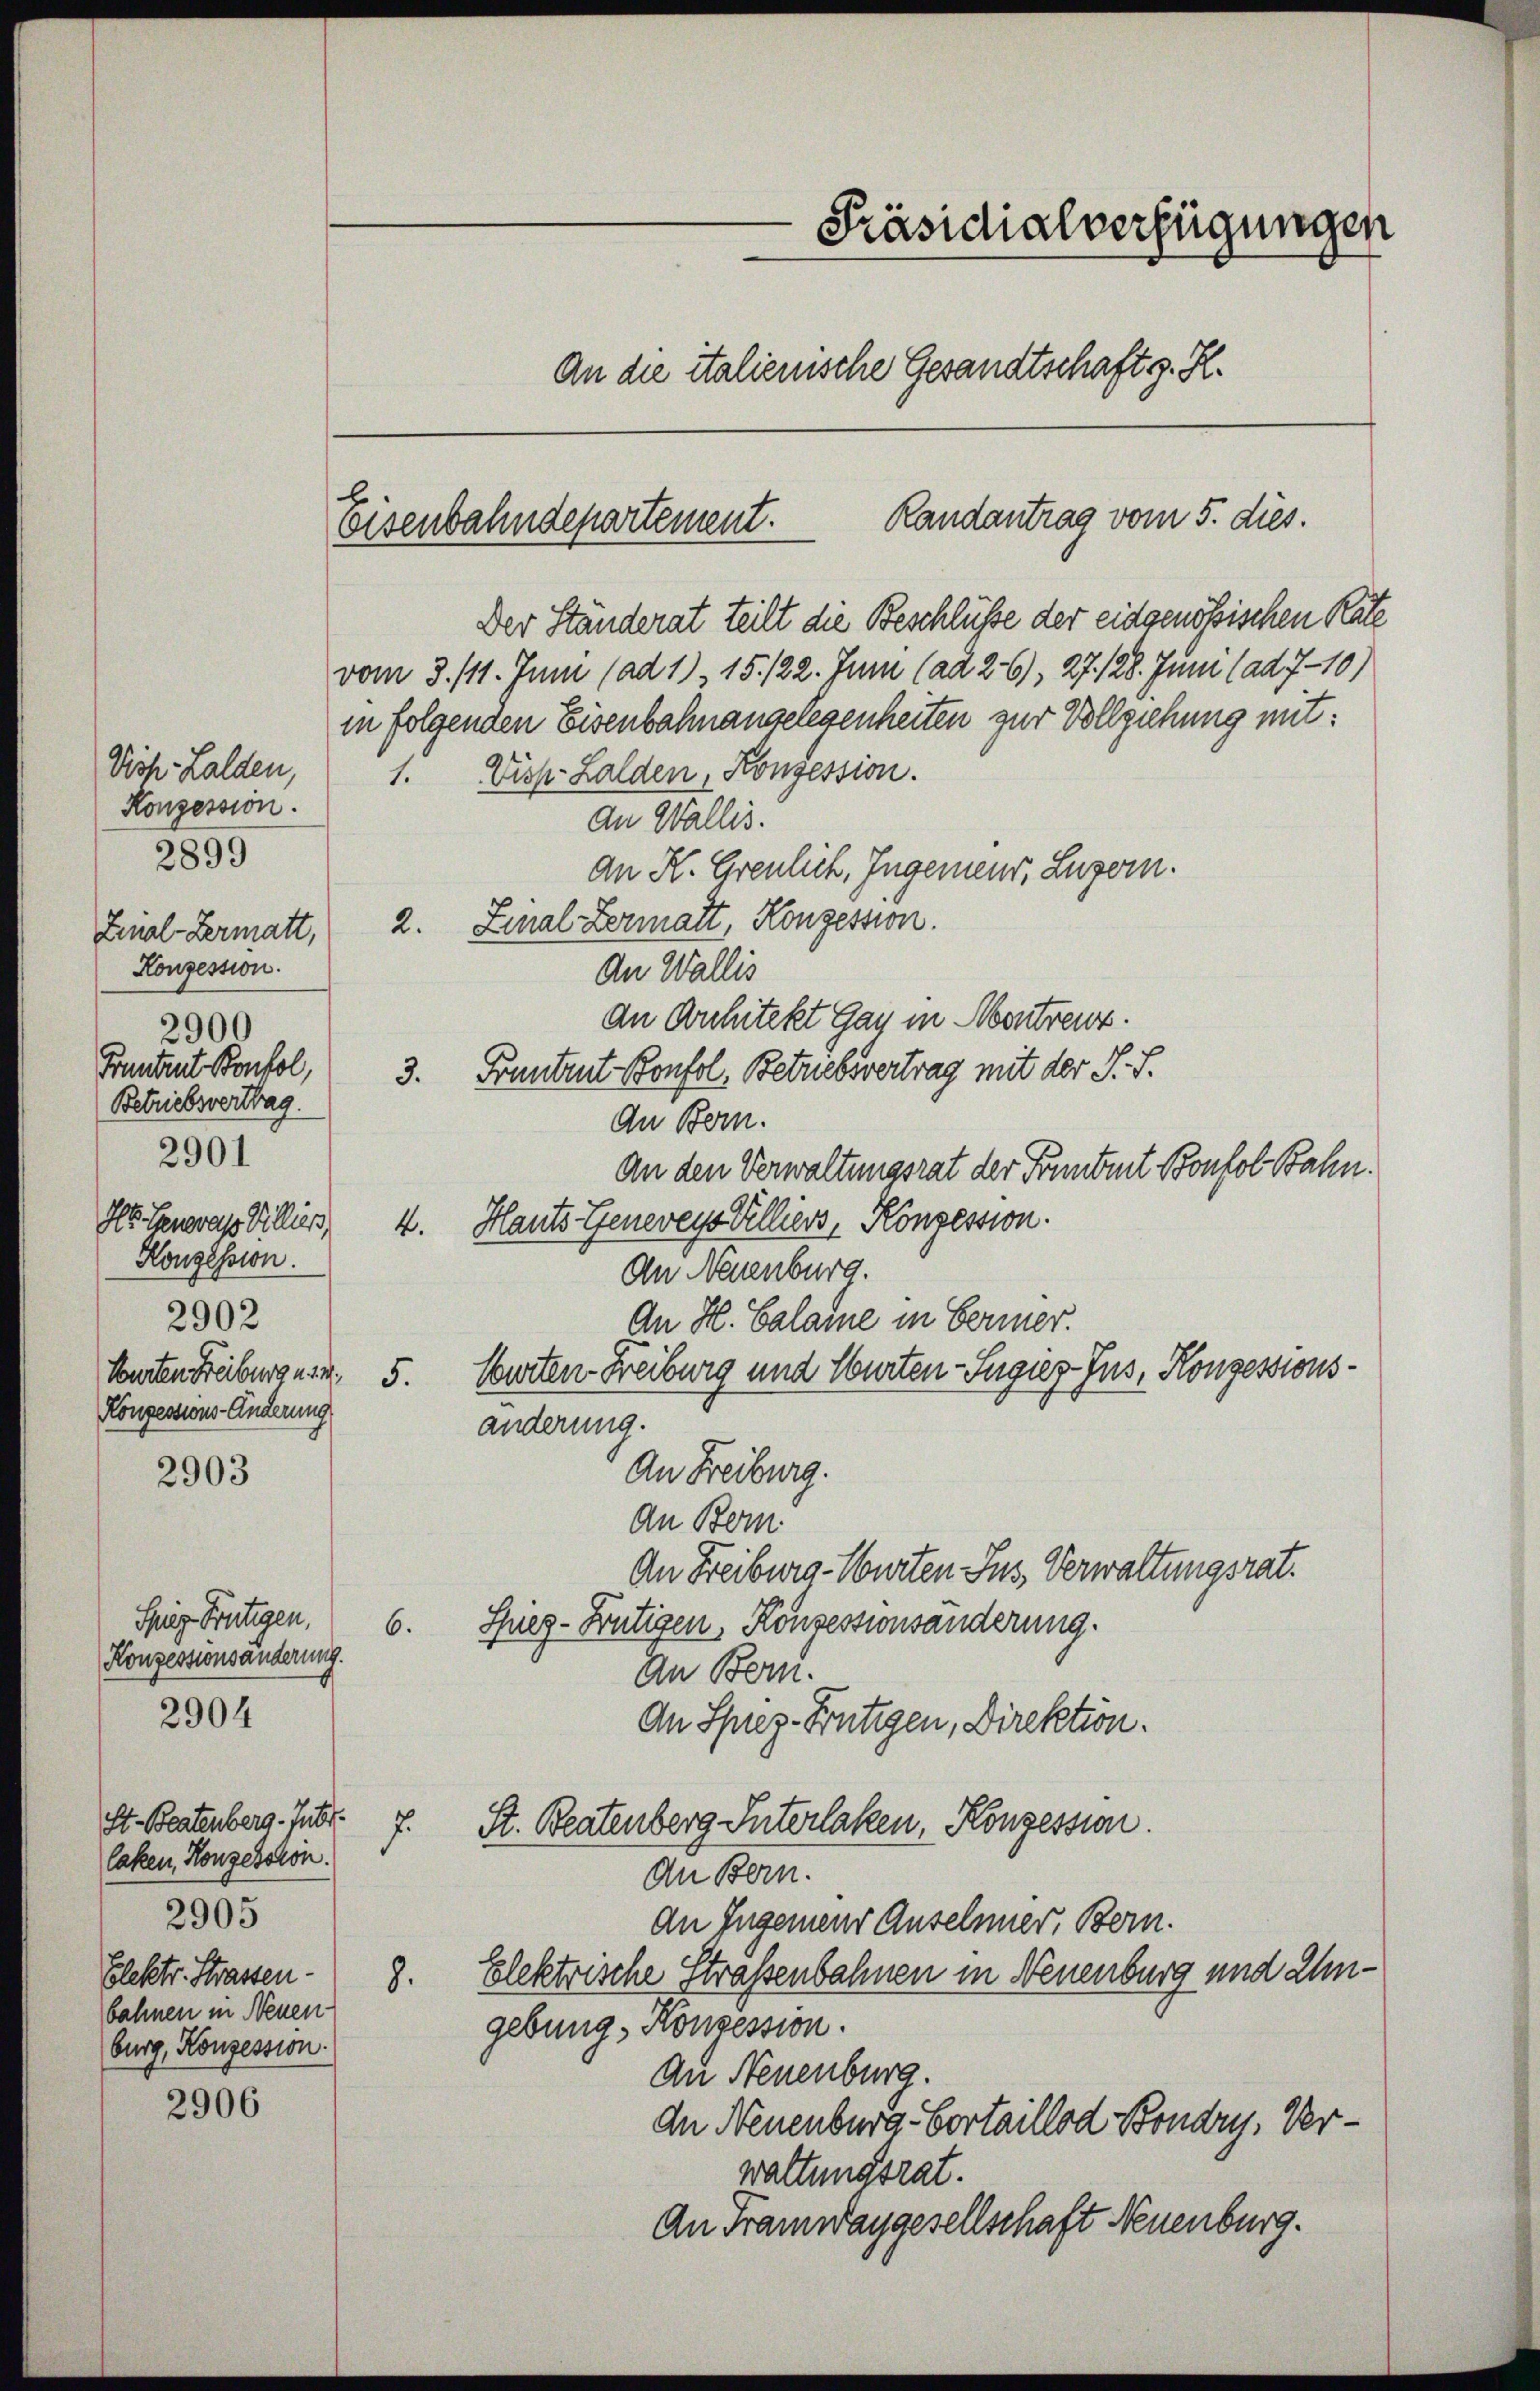
Konzession.
Zinal-Vermatt,
Konzession.
2900
Pruntrut Bonfol
Betriebsvertrag.
2901
Hs. Generals Villiess,
Konzession.
2902
Konzessions-Änderung

2899

2903

Spig Frutigen,
Konzessionsänderung.
2904

laken, Konzession.
Elektr. Strassen.
bahnen in Neuen-
burg, Konzession.

2905

2906

Präsidialverfügungen
An die italienische Gesandtschaft s. H.

Randantrag vom 5. dies.
Eisenbahndepartement.

Der Ständerat teilt die Beschlüsse der eidgenößischen Rate
vom 3. 111. Juni (ad 1), 15. 122. Juni (ad 26), 27. 128. Juni (ad 7-10)
in folgenden Eisenbahnangelegenheiten zur Vollziehung mit:
Vish-Lalden, 1. Visk-Lalden, Konzession.
An Wallis.
an K. Greulich, Ingenieur, Luzern.
2. Zunal Lermatt, Konzession.
An Wallis
an Architekt Gau in Montreuz.
3. Pruntrut Konfol, Betrebsvertrag mit der J. J.
An Bern.
An den Verwaltungsrat der Pruntert Bonfol Bahn.
4. Hauts Geneveys Felliers, Konzession.
An Neuenburg.
An H. Calame in Ferner.
konten Freiburgus 5. Warten Freiburg und Würten-Sugier-Jus, Konzessionsänderung.
An Freiburg.
An Bern
An Freiburg - Würten Sus, Verwaltungsrat.
6. Sieg-Butigen, Konsessionsänderung.
An Bern.
An Sprez-Frutigen, Direktion.
St. Bestenberg. Zubr. 7. St. Beatenberg Interlaken, Konzession.
An Bern.
An Jugenieur Ansehner, Bern.
8. Elektrische Straßenbahnen in Neuenburg und Ungebung, Konzession.
An Neuenburg.
dn Neuenburg-Cortaillod Bondry, Verwaltungsrat.
An Tramwaygesellschaft Neuenburg.